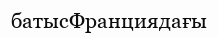
батысФранциядағы